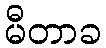
မီတာခ